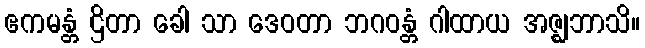
ဧကမန္တံ ဌိတာ ခေါ သာ ဒေဝတာ ဘဂဝန္တံ ဂါထာယ အဇ္ဈဘာသိ။